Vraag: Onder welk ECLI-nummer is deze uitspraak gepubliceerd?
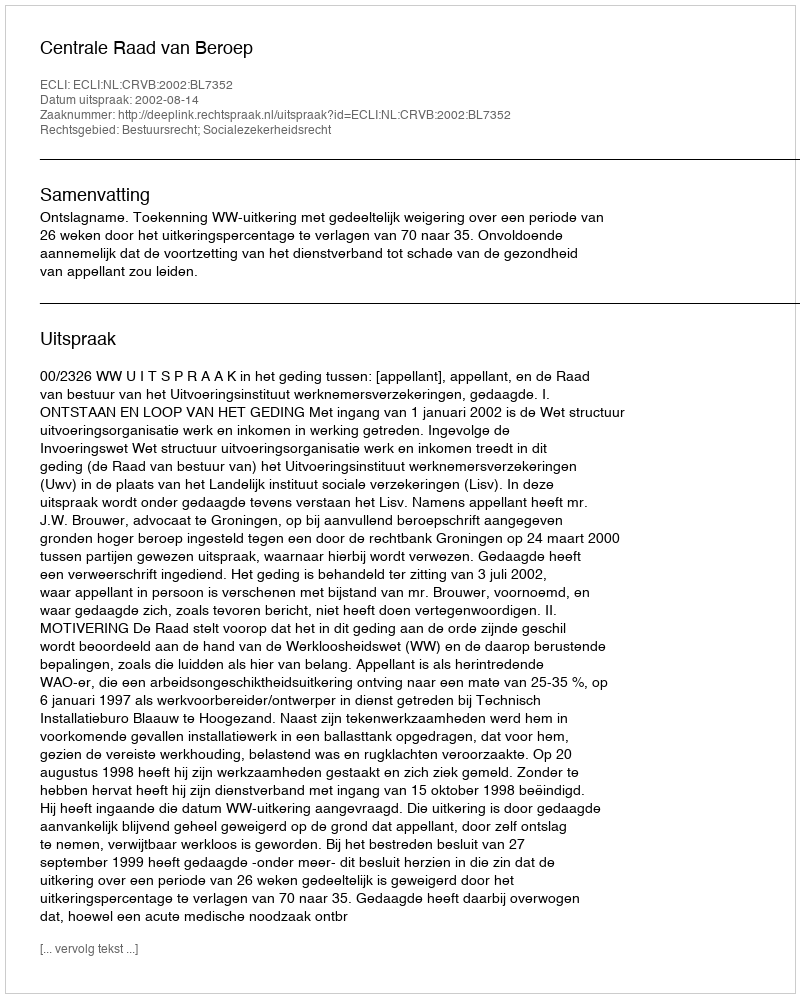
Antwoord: ECLI:NL:CRVB:2002:BL7352